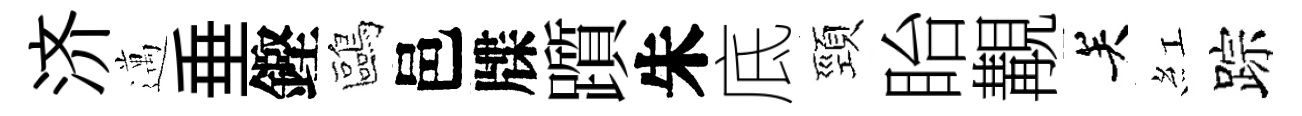
济邁垂鏗鷗邑牒躓朱底頸眙覯关紅踪